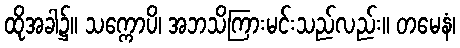
ထိုအခါ၌။ သက္ကောပိ၊ အဘသိကြားမင်းသည်လည်း။ တမေနံ၊